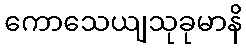
ကောသေယျသုခုမာနိ